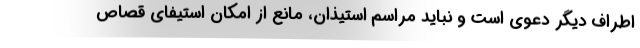
اطراف دیگر دعوی است و نباید مراسم استیذان، مانع از امکان استیفای قصاص